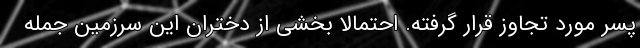
پسر مورد تجاوز قرار گرفته. احتمالا بخشی از دختران این سرزمین جمله